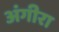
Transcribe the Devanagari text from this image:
अंगीरा